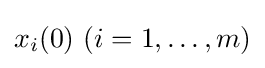
x_{i}(0)~(i=1,\ldots ,m)